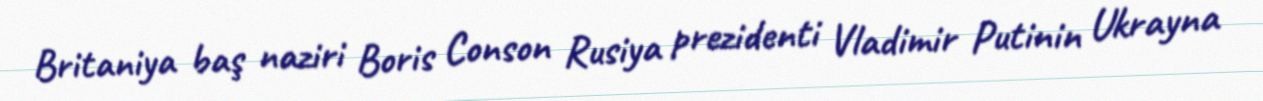
Britaniya baş naziri Boris Conson Rusiya prezidenti Vladimir Putinin Ukrayna